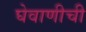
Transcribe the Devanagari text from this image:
घेवाणीची